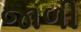
જાળી